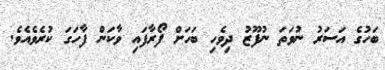
ބަހުގެ އަސަރު ނުވަތަ ނުފޫޒު ދިވެހި ބަހަށް ފޯރާފައި ވާކަން ފާހަގަ ކުރެވެއެވެ.